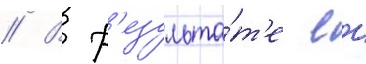
// В р'езульта́т'е еи